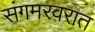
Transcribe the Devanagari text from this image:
संगमरवरात